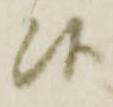
候